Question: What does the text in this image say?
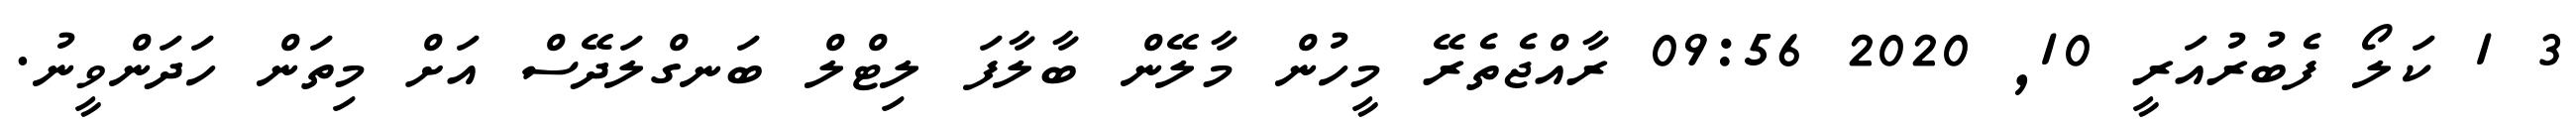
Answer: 3 1 ކަލޯ ފެބުރުއަރީ 10, 2020 09:56 ރާއްޖެތެރޭ މީހުން މާލޭން ބާލާފަ ލިޓްލް ބަނގްލަދޭސް އަށް މިތަން ހަދަންވީނު.